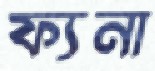
ফ্যনা